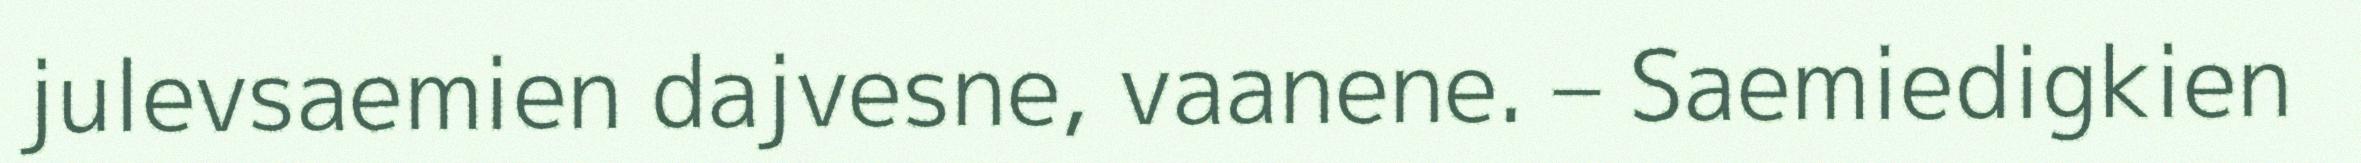
julevsaemien dajvesne, vaanene. – Saemiedigkien